Vaccination North-Western Provinces and Oudh 1896-1901 - 1896-1901
Year: 1896
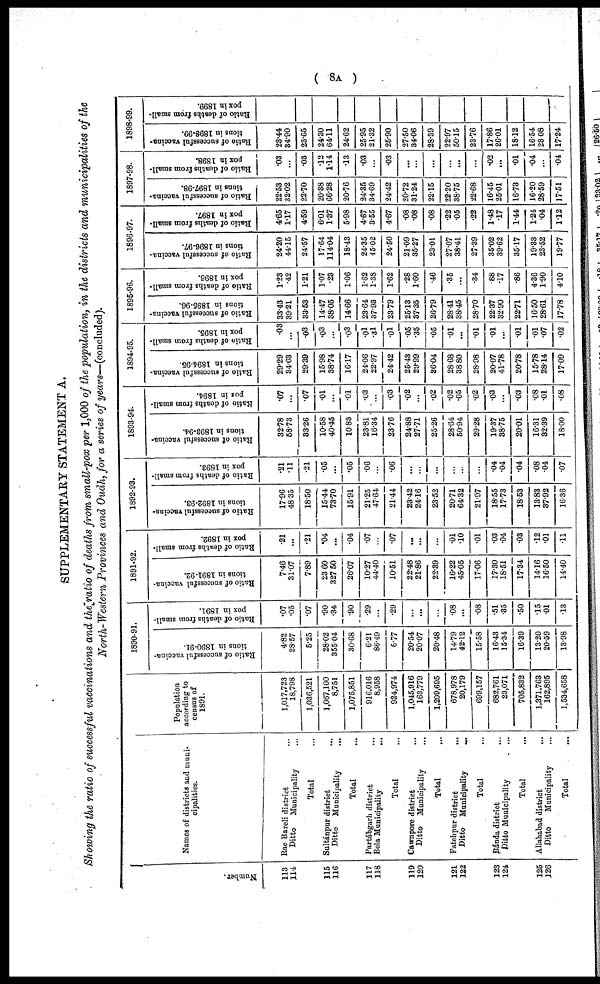
( 8A )
SUPPLEMENTARY STATEMENT A.
Showing the ratio of successful vaccinations and the ratio of deaths from small-pox per 1,000 of the population, in the districts and municipalities of the
North-Western Provinces and Oudh, for a series of years—(concluded).
Number
113
114
115
116
117
118
119
120
121
122
123
124
125
126
Names of districts and muni-
cipalities.
Rae Bareli district ...
Ditto
Municipality ...
Total ...
Sultánpur district ...
Ditto Municipality
...
Total ...
Partábgarh district ...
Bela Municipality
...
Total ...
Cawnpore district ...
Ditto Municipality ...
Total ...
Fatehpur district ...
Ditto Municipality
...
Total ...
Bánda district ...
Ditto Municipality ...
Total ...
Allahabad district ...
Ditto
Municipality ...
Total ...
Population
according to
census of
1891.
1,017,723
18,798
1,036,521
1,067,100
8,751
1,075,851
916,016
8,958
924,974
1,045,916
163,779
1,209,695
678,978
20,179
699,157
682,761
23,071
705,832
1,371,763
162,895
1,534,658
1890-91.
Ratio of successful vaccina-
tions in 1890-91.
4.82
28.57
5.25
28.02
355.04
30.68
6.21
86.49
6.77
20.54
20.07
20.48
14.79
42.12
15.58
16.43
15.34
16.39
13.20
20.59
13.98
Ratio of deaths from small-
pox in 1891.
.07
.05
.07
.90
.34
.90
.29
...
.29
...
...
...
.08
...
.08
.51
.35
.50
.15
.01
.13
1891-92.
Ratio of successful vaccina-
tions in 1891-92.
7.46
31.07
7.89
23.60
327.50
26.07
10.27
44.40
10.51
22.48
21.86
22.39
16.22
45.05
17.06
17.30
18.51
17.34
14.16
16.50
14.40
Ratio of deaths from small-
pox in 1892.
.21
...
.21
.04
...
.04
.07
...
.07
...
...
...
.01
.10
.01
.03
.04
.03
.12
.01
.11
1892-93.
Ratio of successful vaccina-
tions in 1892-93.
17.96
48.35
18.50
15.44
73.70
15.91
21.25
47.64
21.44
23.42
24.16
23.52
20.71
64.32
21.97
18.55
17.73
18.53
13.83
37.92
16.36
Ratio of deaths from small-
pox in 1893.
.21
.11
.21
.05
...
.05
.06
...
.06
...
...
...
...
...
...
.04
.04
.04
.08
.04
.07
1893-94.
Ratio of successful vaccina-
tions in 1893-94.
32.78
58.73
33.26
10.58
40.45
10.83
23.81
16.34
23.76
24.88
27.71
25.26
28.64
50.94
29.28
19.37
38.75
20.01
16.31
32.39
18.00
Ratio of deaths from small-
pox in 1894.
.07
...
.07
.01
...
.01
.03
...
.03
.02
...
.02
.02
.05
.02
.03
...
.03
.08
.01
.08
1894-95.
Ratio of successful vaccina-
tions in 1894-95.
29.29
34.63
29.39
15.98
38.74
16.17
24.06
22.97
24.42
25.43
29.99
26.04
28.68
38.80
28.98
20.07
41.78
20.78
15.78
28.14
17.09
Ratio of deaths from small-
pox in 1895.
.03
...
.03
.03
...
.03
.01
.31
.01
.05
.35
.05
.01
...
.01
.01
...
.01
.01
.07
.02
1895-96.
Ratio of successful vaccina-
tions in 1895-96.
33.43
39.21
33.53
14.47
38.05
14.66
23.64
37.93
23.79
25.13
37.35
26.79
28.41
38.45
28.70
22.37
32.90
22.71
16.50
28.61
17.78
Ratio of deaths from small-
pox in 1896.
1.23
.42
1.21
1.07
.23
1.06
1.62
1.38
1.62
.28
1.60
.46
.35
...
.34
.88
.17
.86
4.36
1.90
4.10
1896-97.
Ratio of successful vaccina-
tions in 1896-97.
24.20
44.15
24.57
17.64
114.04
18.43
24.35
45.02
24.50
21.09
35.27
23.01
27.07
38.41
27.39
35.02
39.62
35.17
19.33
23.52
19.77
Ratio of deaths from small-
pox in 1897.
4.65
1.17
4.59
6.01
1.37
5.98
4.67
3.55
4.67
.08
.08
.08
.22
.05
.22
1.48
.17
1.44
1.24
.04
1.12
1897-98.
Ratio of successful vaccina-
tions in 1897-98.
22.53
32.02
22.70
20.38
66.28
20.76
24.35
34.69
24.42
20.72
31.24
22.15
22.20
38.75
22.68
16.45
25.01
16.73
16.20
28.59
17.51
1
Ratio of deaths from small-
pox in 1898.
.03
...
.03
.12
1.14
.13
.03
...
.03
...
...
...
...
...
...
.02
...
.01
.04
...
.04
1898-99.
Ratio of successful vaccina-
tions in 1898-99.
23.44
34.90
23.65
24.30
64.11
24.62
25.95
21.32
25.90
27.50
34.06
28.39
22.97
50.15
23.76
17.86
26.01
18.12
16.54
23.08
17.24
Ratio of deaths from small-
pox in 1899.